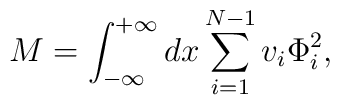
M = \int_{-\infty}^{+\infty} dx \sum_{i=1}^{N-1} v_{i}\Phi_{i}^{2},